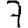
Digit: 7